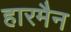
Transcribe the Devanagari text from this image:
हारमैन